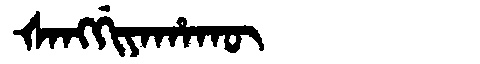
Manchu: ᡧᠠᠩᡤᡳᠶᠠᡥᠠᡴᡡ
Romanization: ŠANGGIYAHAKŪ